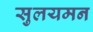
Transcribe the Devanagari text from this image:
सुलयमन